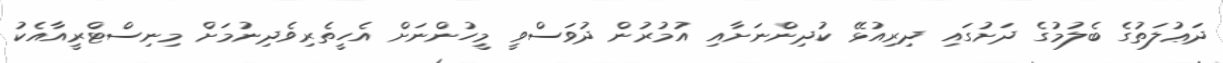
ދަޢުލަތުގެ ބެލުމުގެ ދަށުގައި ދިރިއުޅޭ ކުދިންނަށާއި އުމުރުން ދުވަސްވީ މީހުންނަށް އެހީތެރިވެދިނުމަށް މިނިސްޓްރީއާއެކު